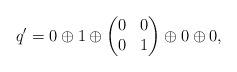
LaTeX: \begin{align*}q'=0\oplus1\oplus\begin{pmatrix}0&0\\0&1\end{pmatrix}\oplus0\oplus0,\end{align*}